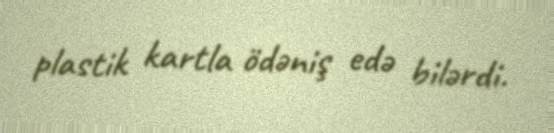
plastik kartla ödəniş edə bilərdi.